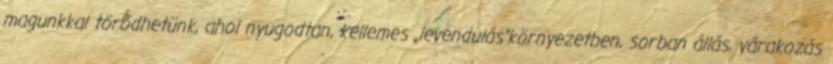
magunkkal törődhetünk, ahol nyugodtan, kellemes „levendulás”környezetben, sorban állás, várakozás